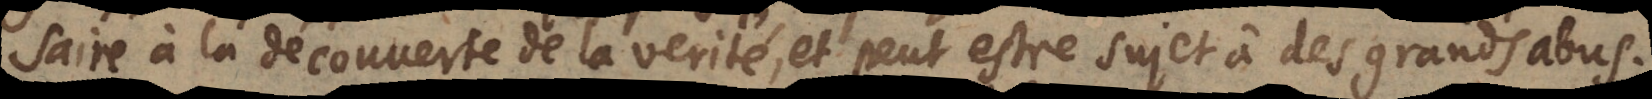
saire à la découverte de la verité, et peut estre sujet à des grands abus.